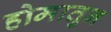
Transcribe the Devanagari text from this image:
होमातुन